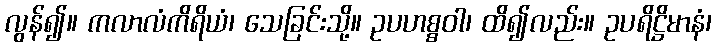
လွန်၍။ ကလာလံကိရိယံ၊ သေခြင်းသို့။ ဥပဟစ္စဝါ၊ ထိ၍လည်း။ ဥပရိဋ္ဌိမာနံ၊